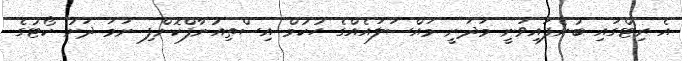
އެ ރިޓްގައި ބުނެފައިވަނީ މަދަނީ މައްސަލައެއްގެ ހުކުމް އިސްތިއުނާފްކޮށްފި ނަމަ ދަށު ކޯޓުގެ